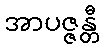
အာပဇ္ဇန္တီ